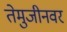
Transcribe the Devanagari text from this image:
तेमुजीनवर